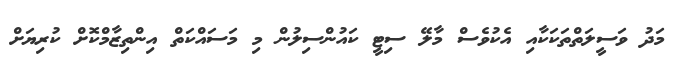
މަދު ވަސީލަތްތަކަކާއި އެކުވެސް މާލޭ ސިޓީ ކައުންސިލުން މި މަސައްކަތް އިންތިޒާމްކޮށް ކުރިޔަށް